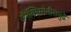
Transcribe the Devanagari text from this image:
अॅनॅक्झिमेनीसपुढे